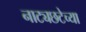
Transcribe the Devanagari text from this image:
नाट्यछटेच्या